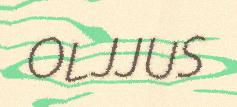
OLJJUS